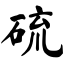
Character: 硫